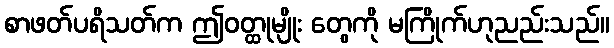
စာဖတ်ပရိသတ်က ဤဝတ္ထုမျိုး တွေကို မကြိုက်ဟုညည်းသည်။